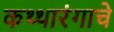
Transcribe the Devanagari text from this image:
कथ्थारंगाचे